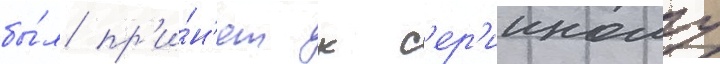
бы́л пр'и́н'ят к с'ер'ииному